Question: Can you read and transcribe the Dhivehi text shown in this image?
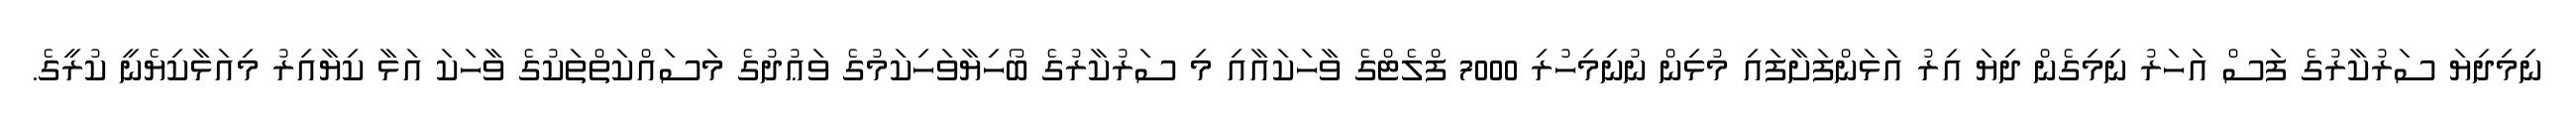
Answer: ނިމިދިޔަ ސަރުކާރުގެ ފަސް އަހަރު ނިމިގެން ދިޔަ އިރު އަޅަންފަށާފައި މުޅިން ނުނިމިހުރި 7000 ފްލެޓްގެ ވާހަކައާއި މި ސަރުކާރުގެ ބޯހިޔާވަހިކަމުގެ ވަޢުދުގެ މަސައްކަތްތަކުގެ ވާހަކަ އަޅާ ކިޔާއިރު މިއަޅާކިޔެނީ ކުރީގެ.